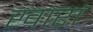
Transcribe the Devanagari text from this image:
खारां